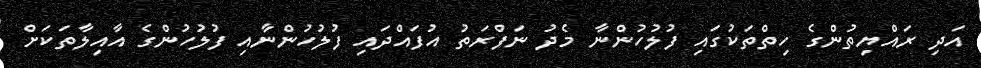
އަދި ރައްޔިތުންގެ ހިތްތަކުގައި ފުލުހުންނާ މެދު ނަފްރަތު އުފައްދައި ފުލުހުންނާއި ފުލުހުންގެ އާއިލާތަކަށް